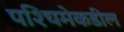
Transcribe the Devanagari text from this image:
पश्‍चिमेकडील